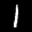
Label: 1